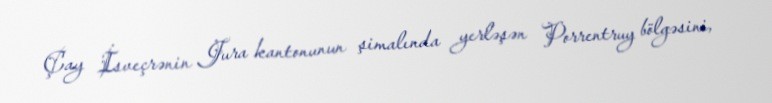
Çay İsveçrənin Jura kantonunun şimalında yerləşən Porrentruy bölgəsini,